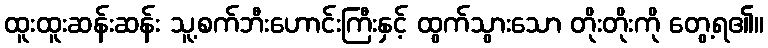
ထူးထူးဆန်းဆန်း သူ့စက်ဘီးဟောင်းကြီးနှင့် ထွက်သွားသော တိုးတိုးကို တွေ့ရ၏။